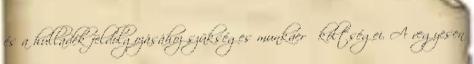
és a hulladék feldolgozásához szükséges munkaerő költségei. A vegyesen